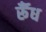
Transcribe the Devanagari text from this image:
र्रूँध